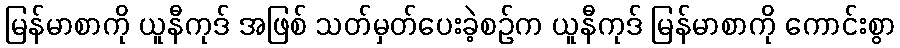
မြန်မာစာကို ယူနီကုဒ် အဖြစ် သတ်မှတ်ပေးခဲ့စဉ်က ယူနီကုဒ် မြန်မာစာကို ကောင်းစွာ